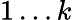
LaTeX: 1\dots k